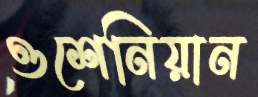
ওশেনিয়ান